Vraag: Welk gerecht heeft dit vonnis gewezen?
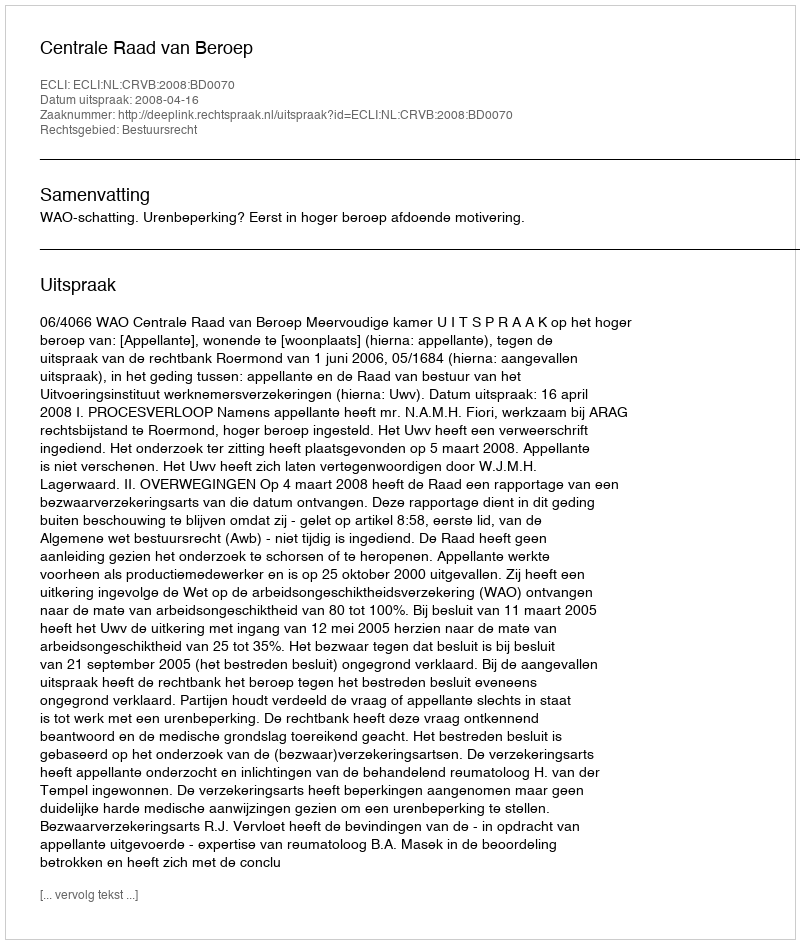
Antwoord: Centrale Raad van Beroep